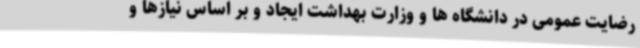
رضایت عمومی در دانشگاه ها و وزارت بهداشت ایجاد و بر اساس نیازها و